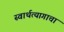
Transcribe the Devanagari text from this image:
स्वार्थत्यागाचा